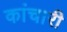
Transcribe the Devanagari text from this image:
कांचारी